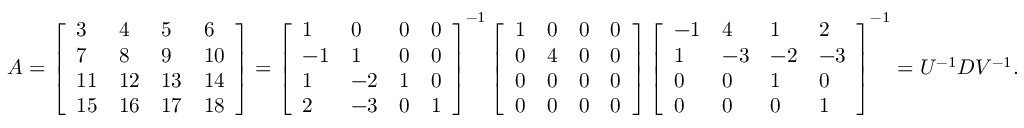
\begin{array} { r } { A = \left[ \begin{array} { l l l l } { 3 } & { 4 } & { 5 } & { 6 } \\ { 7 } & { 8 } & { 9 } & { 1 0 } \\ { 1 1 } & { 1 2 } & { 1 3 } & { 1 4 } \\ { 1 5 } & { 1 6 } & { 1 7 } & { 1 8 } \end{array} \right] = \left[ \begin{array} { l l l l } { 1 } & { 0 } & { 0 } & { 0 } \\ { - 1 } & { 1 } & { 0 } & { 0 } \\ { 1 } & { - 2 } & { 1 } & { 0 } \\ { 2 } & { - 3 } & { 0 } & { 1 } \end{array} \right] ^ { - 1 } \left[ \begin{array} { l l l l } { 1 } & { 0 } & { 0 } & { 0 } \\ { 0 } & { 4 } & { 0 } & { 0 } \\ { 0 } & { 0 } & { 0 } & { 0 } \\ { 0 } & { 0 } & { 0 } & { 0 } \end{array} \right] \left[ \begin{array} { l l l l } { - 1 } & { 4 } & { 1 } & { 2 } \\ { 1 } & { - 3 } & { - 2 } & { - 3 } \\ { 0 } & { 0 } & { 1 } & { 0 } \\ { 0 } & { 0 } & { 0 } & { 1 } \end{array} \right] ^ { - 1 } = U ^ { - 1 } D V ^ { - 1 } . } \end{array}